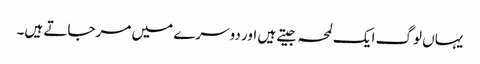
یہاں لوگ ایک لمحہ جیتے ہیں اور دوسرے میں مرجاتے ہیں۔